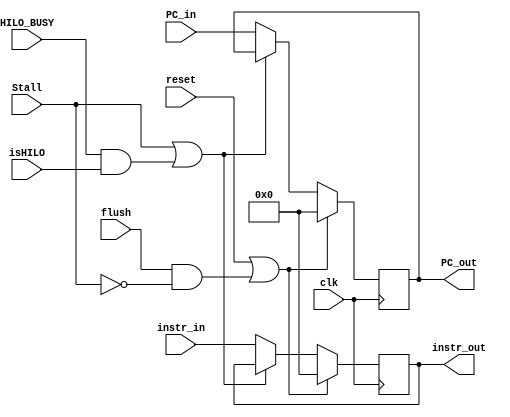
module d_reg(
    input clk,
    input reset,
    input Stall,
    input HILO_BUSY,
    input isHILO,
    input flush,

    input [31:0] instr_in,
    input [31:0] PC_in,
    
    output reg [31:0] instr_out,
    output reg [31:0] PC_out
    );

    always @(posedge clk) begin
        if (reset | (flush && (~Stall))) begin
            instr_out <= 32'b0;
            PC_out <= 32'b0;
        end
        else if (Stall | (HILO_BUSY & isHILO)) begin
            instr_out <= instr_out;
            PC_out <= PC_out;
        end
        else begin
            instr_out <= instr_in;
            PC_out <= PC_in;
        end
    end

endmodule